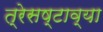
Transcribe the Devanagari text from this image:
त्रेसष्टाव्या